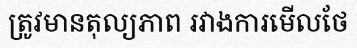
ត្រូវមានតុល្យភាព រវាងការមើលថែ